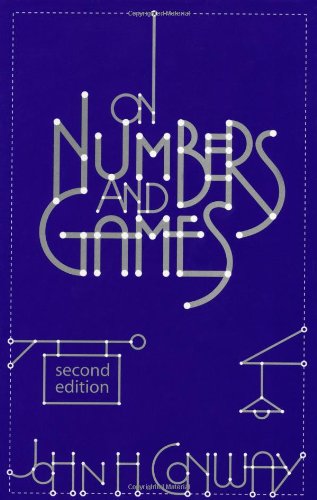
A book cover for On Numbers and Games; John H. Conway; Science & Math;